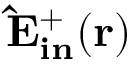
\bf \hat { E } _ { i n } ^ { + } ( { \bf r } )